Leaving Certificate Examination (including Day School Certificate (Higher) General paper), 1930
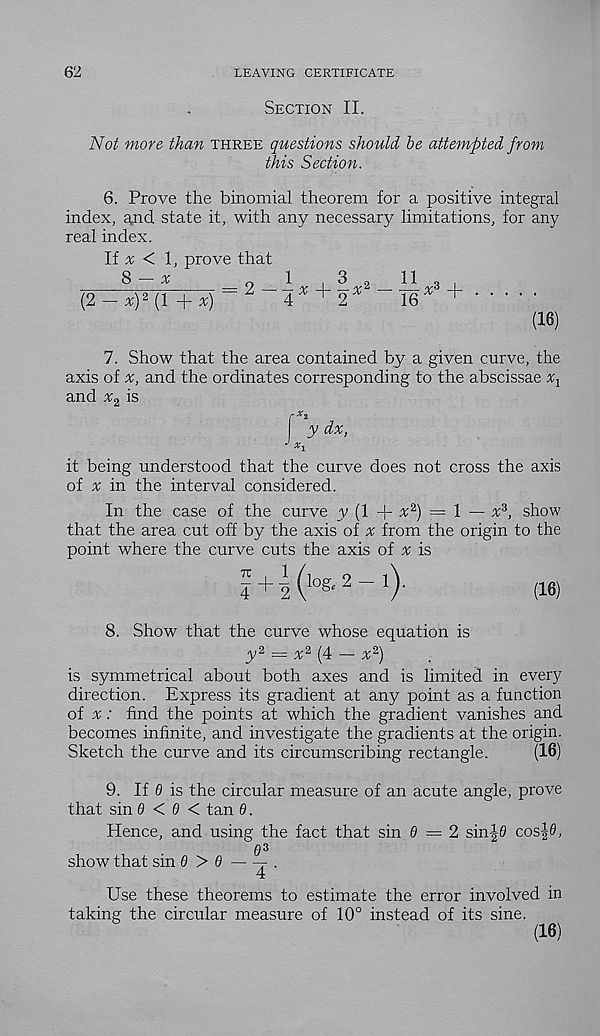
62
LEAVING CERTIFICATE
Section II.
Not more than three questions should he attempted from
this Section.
6. Prove the binomial theorem for a positive integral
index, and state it, with any necessary limitations, for any
real index.
If ^ <1, prove that
(2-y) 2 (l+y)
4 + 2
16
^
(16)
7. Show that the area contained by a given curve, the
axis of %, and the ordinates corresponding to the abscissae %j
and %2 is
it being understood that the curve does not cross the axis
of a; in the interval considered.
In the case of the curve y (1 + nc 2 ) = 1 — a; 3 , show
that the area cut off by the axis of # from the origin to the
point where the curve cuts the axis of a; is
f+ ^( lo &2- l).
(10)
8. Show that the curve whose equation is
y 2 =
(4 — x 2 )
is symmetrical about both axes and is limited in every
direction. Express its gradient at any point as a function
of a: : find the points at which the gradient vanishes and
becomes infinite, and investigate the gradients at the origin.
Sketch the curve and its circumscribing rectangle.
(16)
9. If 6 is the circular measure of an acute angle, prove
that sin 6 < 0 < tan d.
Hence, and using the fact that sin 0 = 2 sinj0 cos|0,
0 3
show that sin d > 6
T .
4
Use these theorems to estimate the error involved in
taking the circular measure of 10° instead of its sine.
(16)